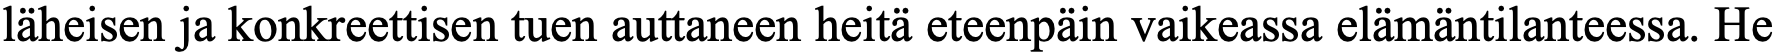
läheisen ja konkreettisen tuen auttaneen heitä eteenpäin vaikeassa elämäntilanteessa. He